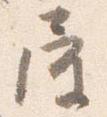
屋